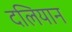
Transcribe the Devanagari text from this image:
दलियान